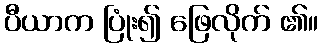
ပီယာက ပြုံး၍ ဖြေလိုက် ၏။